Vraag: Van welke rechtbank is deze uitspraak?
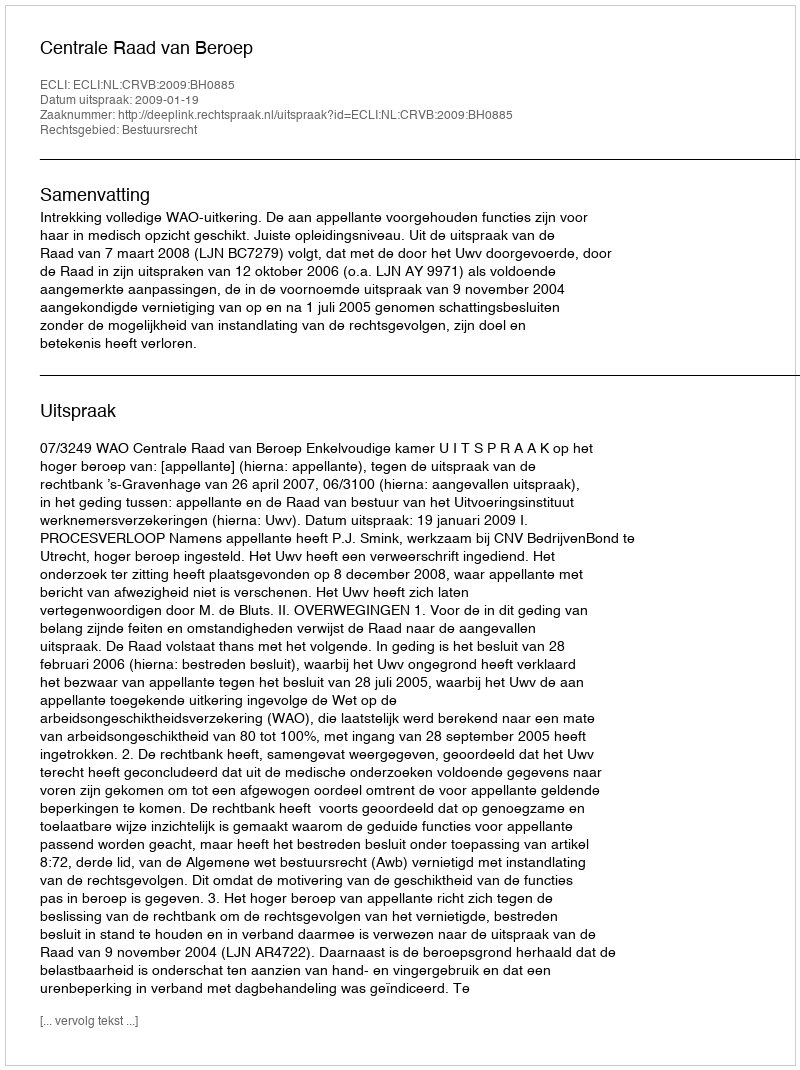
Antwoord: Centrale Raad van Beroep